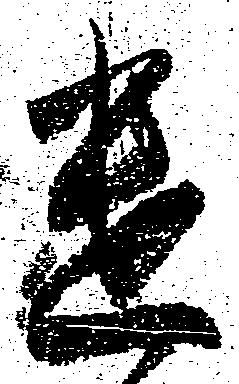
遣